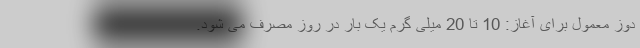
دوز معمول برای آغاز: 10 تا 20 میلی گرم یک بار در روز مصرف می شود.